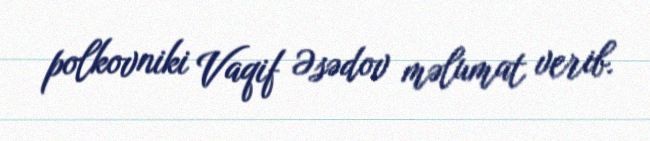
polkovniki Vaqif Əsədov məlumat verib.